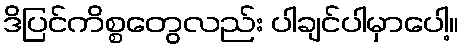
ဒိပြင်ကိစ္စတွေလည်း ပါချင်ပါမှာပေါ့။